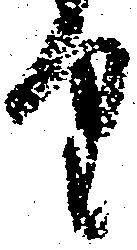
り